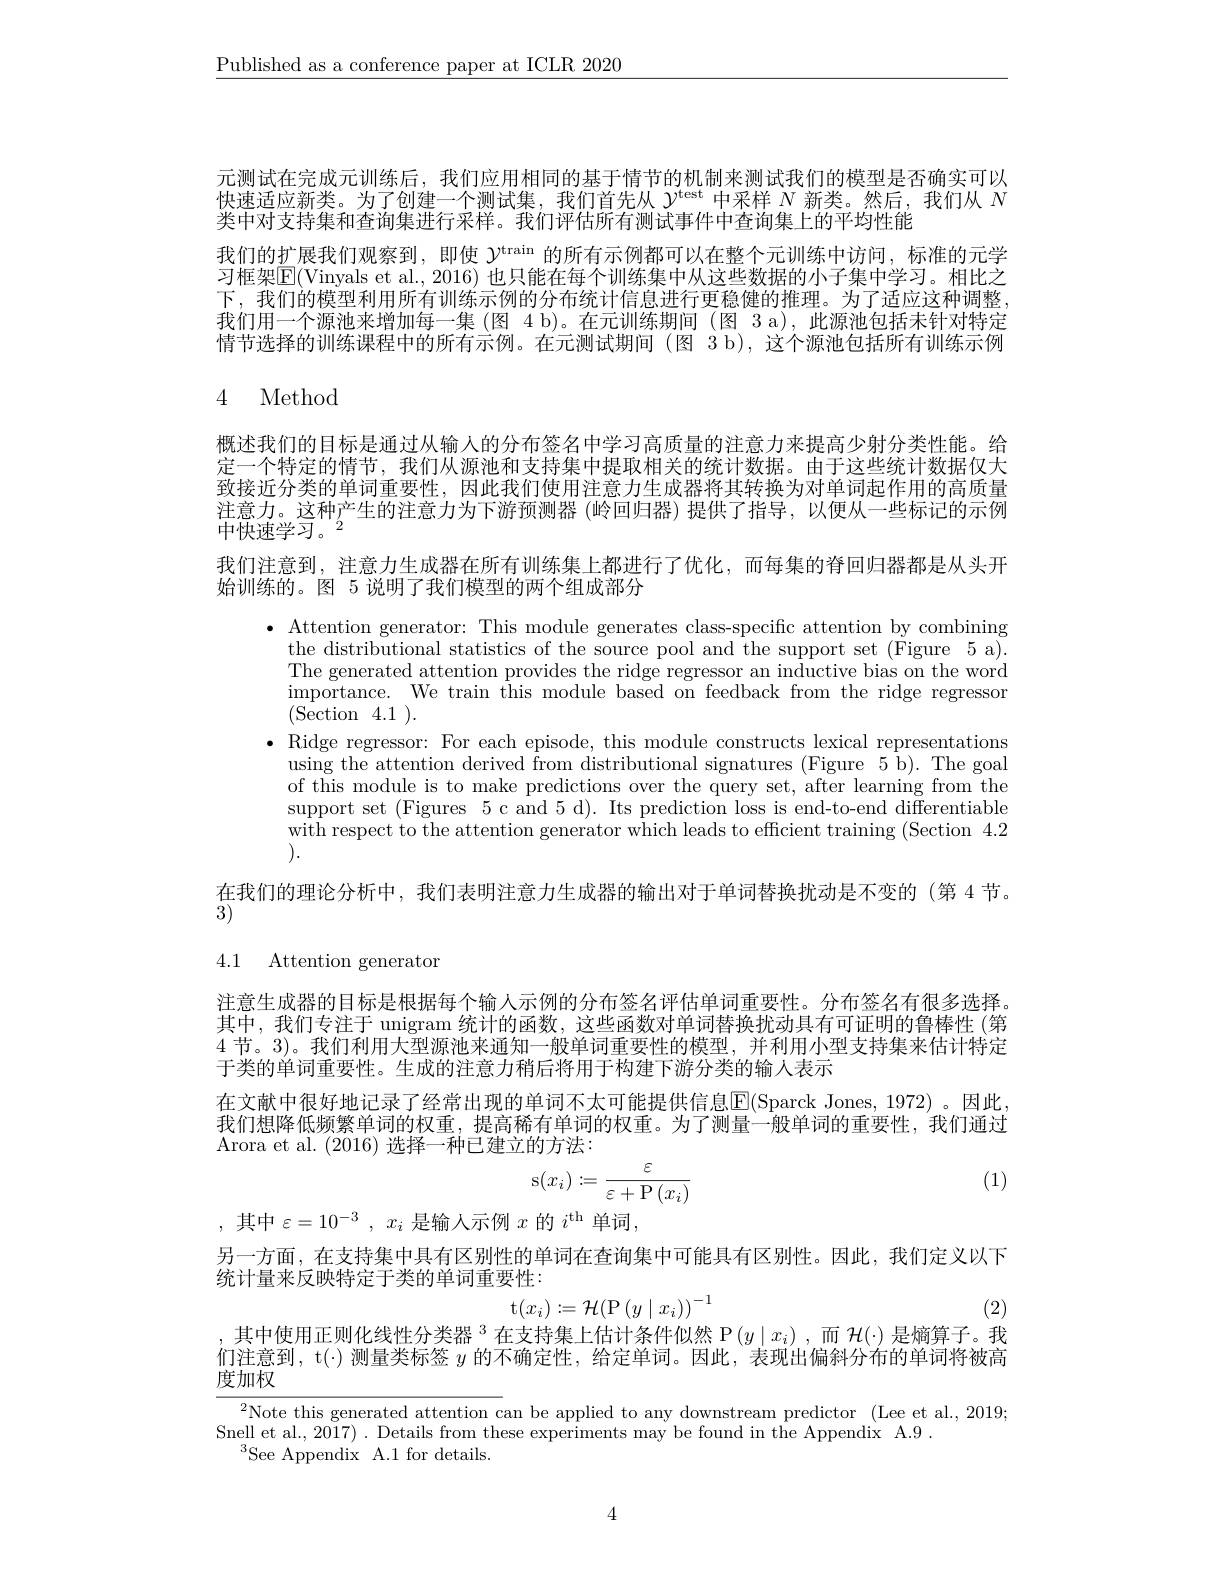
$\underline{\text{Published as a conference paper at ICLR 2020}}$

元测试在完成元训练后，我们应用相同的基于情节的机制来测试我们的模型是否确实可以快速适应新类。为了创建一个测试集，我们首先从$\mathcal{Y}^\mathrm{test}$中采样$N$新类。然后，我们从$N$ 类中对支持集和查询集进行采样。我们评估所有测试事件中查询集上的平均性能
我们的扩展我们观察到，即使$\gamma^\mathrm{train}$的所有示例都可以在整个元训练中访问，标准的元学习框架$\boxed{\mathrm{E}}($Vinyals et al., 2016) 也只能在每个训练集中从这些数据的小子集中学习。相比之下，我们的模型利用所有训练示例的分布统计信息进行更稳健的推理。为了适应这种调整， 我们用一个源池来增加每一集(图 4 b)。在元训练期间(图 3 a),此源池包括未针对特定情节选择的训练课程中的所有示例。在元测试期间 (图 3 b),这个源池包括所有训练示例

## 4 Method

概述我们的目标是通过从输入的分布签名中学习高质量的注意力来提高少射分类性能。给定一个特定的情节，我们从源池和支持集中提取相关的统计数据。由于这些统计数据仅大致接近分类的单词重要性，因此我们使用注意力生成器将其转换为对单词起作用的高质量注意力。这种产生的注意力为下游预测器 (岭回归器)提供了指导，以便从一些标记的示例中快速学习。$^2$
我们注意到，注意力生成器在所有训练集上都进行了优化，而每集的脊回归器都是从头开

始训练的。图 5 说明了我们模型的两个组成部分

$\bullet$ Attention generator: Thi
the distributional statistic The generated attention prov $\operatorname*{importance.}$We train this module based on feedback from the ridge regressor (Section4.1).
$\bullet$ Ridge regressor: For eac
using the attention derived of this module is to make pr support set (Figures 5 c and with respect to the attentio ).
在我们的理论分析中，我们表明注意力生成器的输出对于单词替

3)

4.1 Attention generator

注意生成器的目标是根据每个输人示例的分布签名评估单词重要其中，我们专注于 unigram 统计的函数，这些函数4节。3)。我们利用大型源池来通知一般单词重要性的模型，并利用小型支持集来估计特定于类的单词重要性。生成的注意力稍后将用于构建下游分类的输人表示
在文献中很好地记录了经常出现的单词不太可能提供信息$\overline{\mathrm{E}}($Sparck Jones, 1972) 。因此我们想降低频繁单词的权重，提高稀有单词的权重。为了测量一般单词的重要性，我们通过Arora et al. (2016)选择一种已建立的方法：
$$\mathrm{s}(x_{i}):=\frac{\varepsilon}{\varepsilon+\mathrm{P}(x_{i})}$$
(1)

,其中$\varepsilon=10^-3,x_i$是输人示例$x$的$i^\mathrm{th}$单词，其中$\varepsilon=10^-3,x_i$是输入示例$x$的$i^\mathrm{th}$单词，
另一方面，在支持集中具有区别性的单词在查询集中可能具有区别性。因此，我们定义以下
统计量来反映特定于类的单词重要性：
$$\mathrm t(x_i):=\mathcal H(\mathrm P\left(y\mid x_i\right))^{-1}$$
,其中使用正则化线性分类器$^{3}$在支持集上估计条件似然 P$(y\mid x_i)$ ,而$\mathcal{H}(\cdot)$是熵算子。我

(2)

们注意到，t(·) 测量类标签$y$的不确定性，给定单词。因此，表现出偏斜分布的单词将被高
度加权

$\overline{{^{2}\text{Note this generated attention c}}\mathrm{an~be~applied~to~any~downstream~predictor~(Lee~et~al.,~2019;}}$
Snell et al., 2017) . Details from these experiments may be found in the Appendix A.9 .
$^{3}$See AppendixA. 1 for details

4